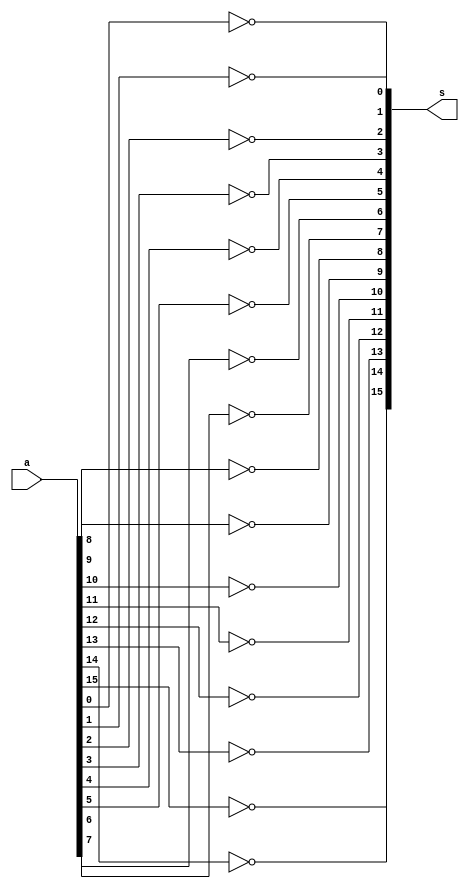
module Not_16(input [15:0] a, output [15:0] s);
	assign s[0] = ~a[0];
	assign s[1] = ~a[1];
	assign s[2] = ~a[2];
	assign s[3] = ~a[3];
	assign s[4] = ~a[4];
	assign s[5] = ~a[5];
	assign s[6] = ~a[6];
	assign s[7] = ~a[7];
	assign s[8] = ~a[8];
	assign s[9] = ~a[9];
	assign s[10] = ~a[10];
	assign s[11] = ~a[11];
	assign s[12] = ~a[12];
	assign s[13] = ~a[13];
	assign s[14] = ~a[14];
	assign s[15] = ~a[15];
endmodule